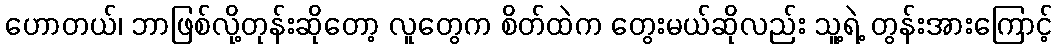
ဟောတယ်၊ ဘာဖြစ်လို့တုန်းဆိုတော့ လူတွေက စိတ်ထဲက တွေးမယ်ဆိုလည်း သူ့ရဲ့ တွန်းအားကြောင့်